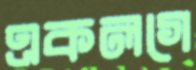
একলগে